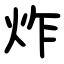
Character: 炸